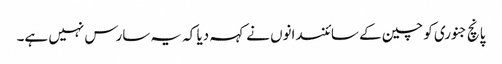
پانچ جنوری کو چین کے سائنسدانوں نے کہہ دیا کہ یہ سارس نہیں ہے۔